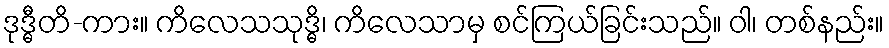
ဒုဒ္ဓီတိ-ကား။ ကိလေသသုဒ္ဓိ၊ ကိလေသာမှ စင်ကြယ်ခြင်းသည်။ ဝါ၊ တစ်နည်း။